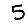
Digit: 5